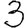
Digit: 3